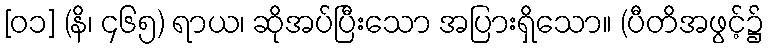
[၀၁] (နိ၊ ၄၆၅) ရာယ၊ ဆိုအပ်ပြီးသော အပြားရှိသော။ (ပီတိအဖွင့်၌